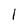
Character: 1